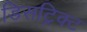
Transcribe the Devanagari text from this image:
डिसट्रिक्ट